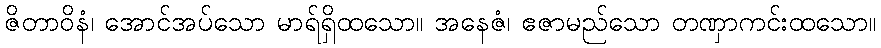
ဇိတာဝိနံ၊ အောင်အပ်သော မာရ်ရှိထသော။ အနေဇံ၊ ဧဇာမည်သော တဏှာကင်းထသော။